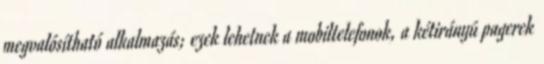
megvalósítható alkalmazás; ezek lehetnek a mobiltelefonok, a kétirányú pagerek